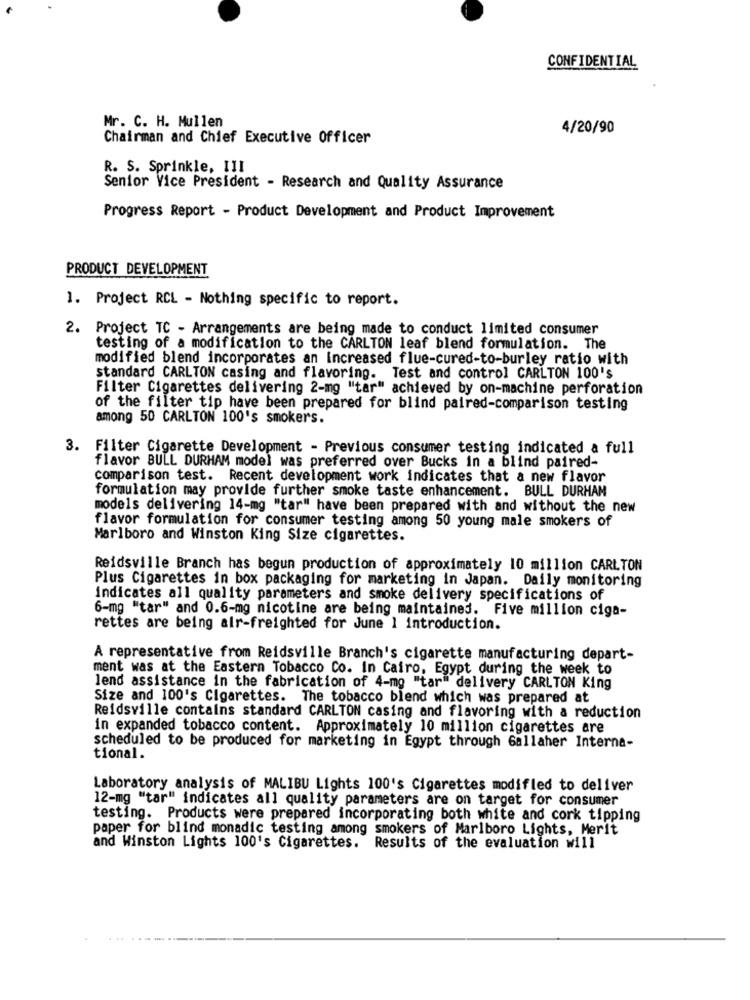
CONFIDENTIAL
Mr. C. H. Mullen
4/20/90
Chairman and Chief Executive Officer
R. S. Sprinkle, III
Senior Vice President - Research and Quality Assurance
Progress Report - Product Development and Product Improvement
PRODUCT DEVELOPMENT
1. Project RCL - Nothing specific to report.
2. Project TC - Arrangements are being made to conduct limited consumer
testing of a modification to the CARLTON leaf blend formulation. The
modified blend incorporates an increased flue-cured-to-burley ratio with
standard CARLTON casing and flavoring. Test and control CARLTON 100's
Filter Cigarettes delivering 2-mg "tar" achieved by on-machine perforation
of the filter tip have been prepared for blind paired-comparison testing
among 50 CARLTON 100's smokers.
3. Filter Cigarette Development - Previous consumer testing indicated a full
flavor BULL DURHAM model was preferred over Bucks in a blind paired-
comparison test. Recent development work indicates that a new flavor
formulation may provide further smoke taste enhancement. BULL DURHAM
models delivering 14-mg "tar" have been prepared with and without the new
flavor formulation for consumer testing among 50 young male smokers of
Marlboro and Winston King Size cigarettes.
Reidsville Branch has begun production of approximately 10 million CARLTON
Plus Cigarettes in box packaging for marketing in Japan. Daily monitoring
indicates all quality parameters and smoke delivery specifications of
6-mg "tar" and 0.6-mg nicotine are being maintained. Five million ciga-
rettes are being alr-freighted for June 1 introduction.
A representative from Reidsville Branch's cigarette manufacturing depart-
ment was at the Eastern Tobacco Co. In Cairo, Egypt during the week to
lend assistance in the fabrication of 4-mg "tar" delivery CARLTON King
Size and 100's Cigarettes. The tobacco blend which was prepared at
Reidsville contains standard CARLTON casing and flavoring with a reduction
in expanded tobacco content. Approximately 10 million cigarettes are
scheduled to be produced for marketing in Egypt through Gallaher Interna-
tional.
Laboratory analysis of MALIBU Lights 100's Cigarettes modifled to deliver
12-mg "tar" indicates all quality parameters are on target for consumer
testing. Products were prepared incorporating both white and cork tipping
paper for blind monadic testing among smokers of Marlboro Lights, Merit
and Winston Lights 100's Cigarettes. Results of the evaluation will